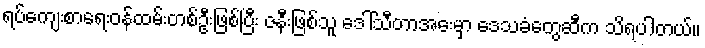
ရပ်ကျေးစာရေးဝန်ထမ်းတစ်ဦးဖြစ်ပြီး ဇနီးဖြစ်သူ ဒေါ်သီတာအေးမှာ ဒေသခံတွေဆီက သိရပါတယ်။